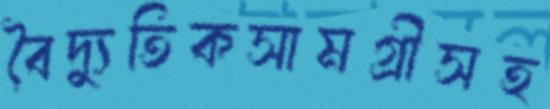
বৈদ্যুতিকসামগ্রীসহ